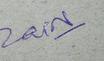
Signature authenticity: genuine